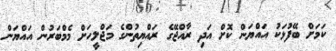
ކަމަށް ބޭފުޅަކު އައްޔަން ކޮށް އަދި ރާއްޖޭގެ ރައްޔިތުންގެ މަޖްލީހަށް މެމްބަރުން އައްޔަން